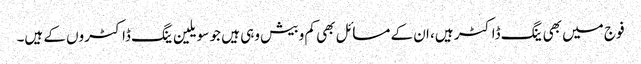
فوج میں بھی ینگ ڈاکٹر ہیں، ان کے مسائل بھی کم و بیش وہی ہیں جو سویلین ینگ ڈاکٹروں کے ہیں۔